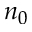
n _ { 0 }